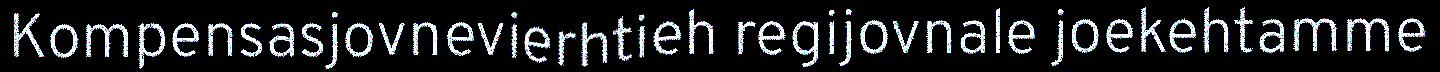
Kompensasjovnevierhtieh regijovnale joekehtamme